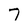
Character: 7